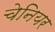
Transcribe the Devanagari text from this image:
चेनियर